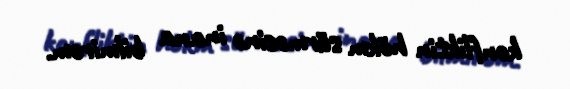
konfliktin hökm sürməsinə inana bilmirəm.